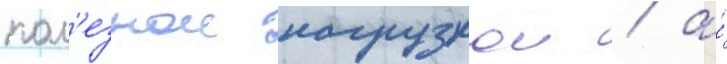
пол'езнои нагрузкои / а́